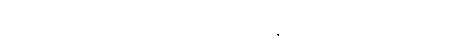
ပစ္စည်းမျိုးစုံကို စတိုးဆိုင်တွေကနေ ပြန်လည်ရုပ်သိမ်းခဲ့ရပါတယ်။